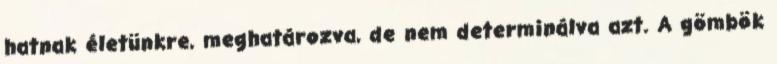
hatnak életünkre, meghatározva, de nem determinálva azt. A gömbök